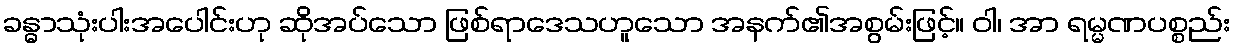
ခန္ဓာသုံးပါးအပေါင်းဟု ဆိုအပ်သော ဖြစ်ရာဒေသဟူသော အနက်၏အစွမ်းဖြင့်။ ဝါ၊ အာ ရမ္မဏပစ္စည်း